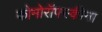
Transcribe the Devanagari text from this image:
कोमोरॉफ्स्कीना